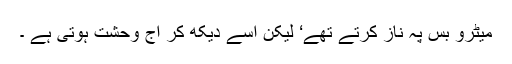
میٹرو بس پہ ناز کرتے تھے‘ لیکن اُسے دیکھ کر آج وحشت ہوتی ہے ۔